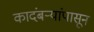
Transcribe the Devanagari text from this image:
कादंबऱ्यांपासून